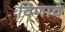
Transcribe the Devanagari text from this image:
विणावे